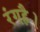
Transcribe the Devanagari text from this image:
रंगहै।